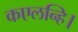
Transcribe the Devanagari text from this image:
कएलन्हि।